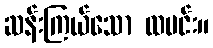
ဆန်းကြယ်သော ထမင်း။